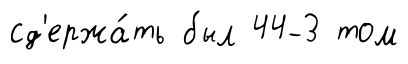
сд'ержа́ть был 44-3 том